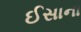
ઈસાના